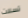
تسللت